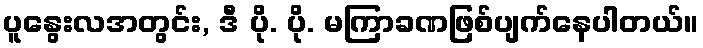
ပူနွေးလအတွင်း, ဒီ ပို. ပို. မကြာခဏဖြစ်ပျက်နေပါတယ်။